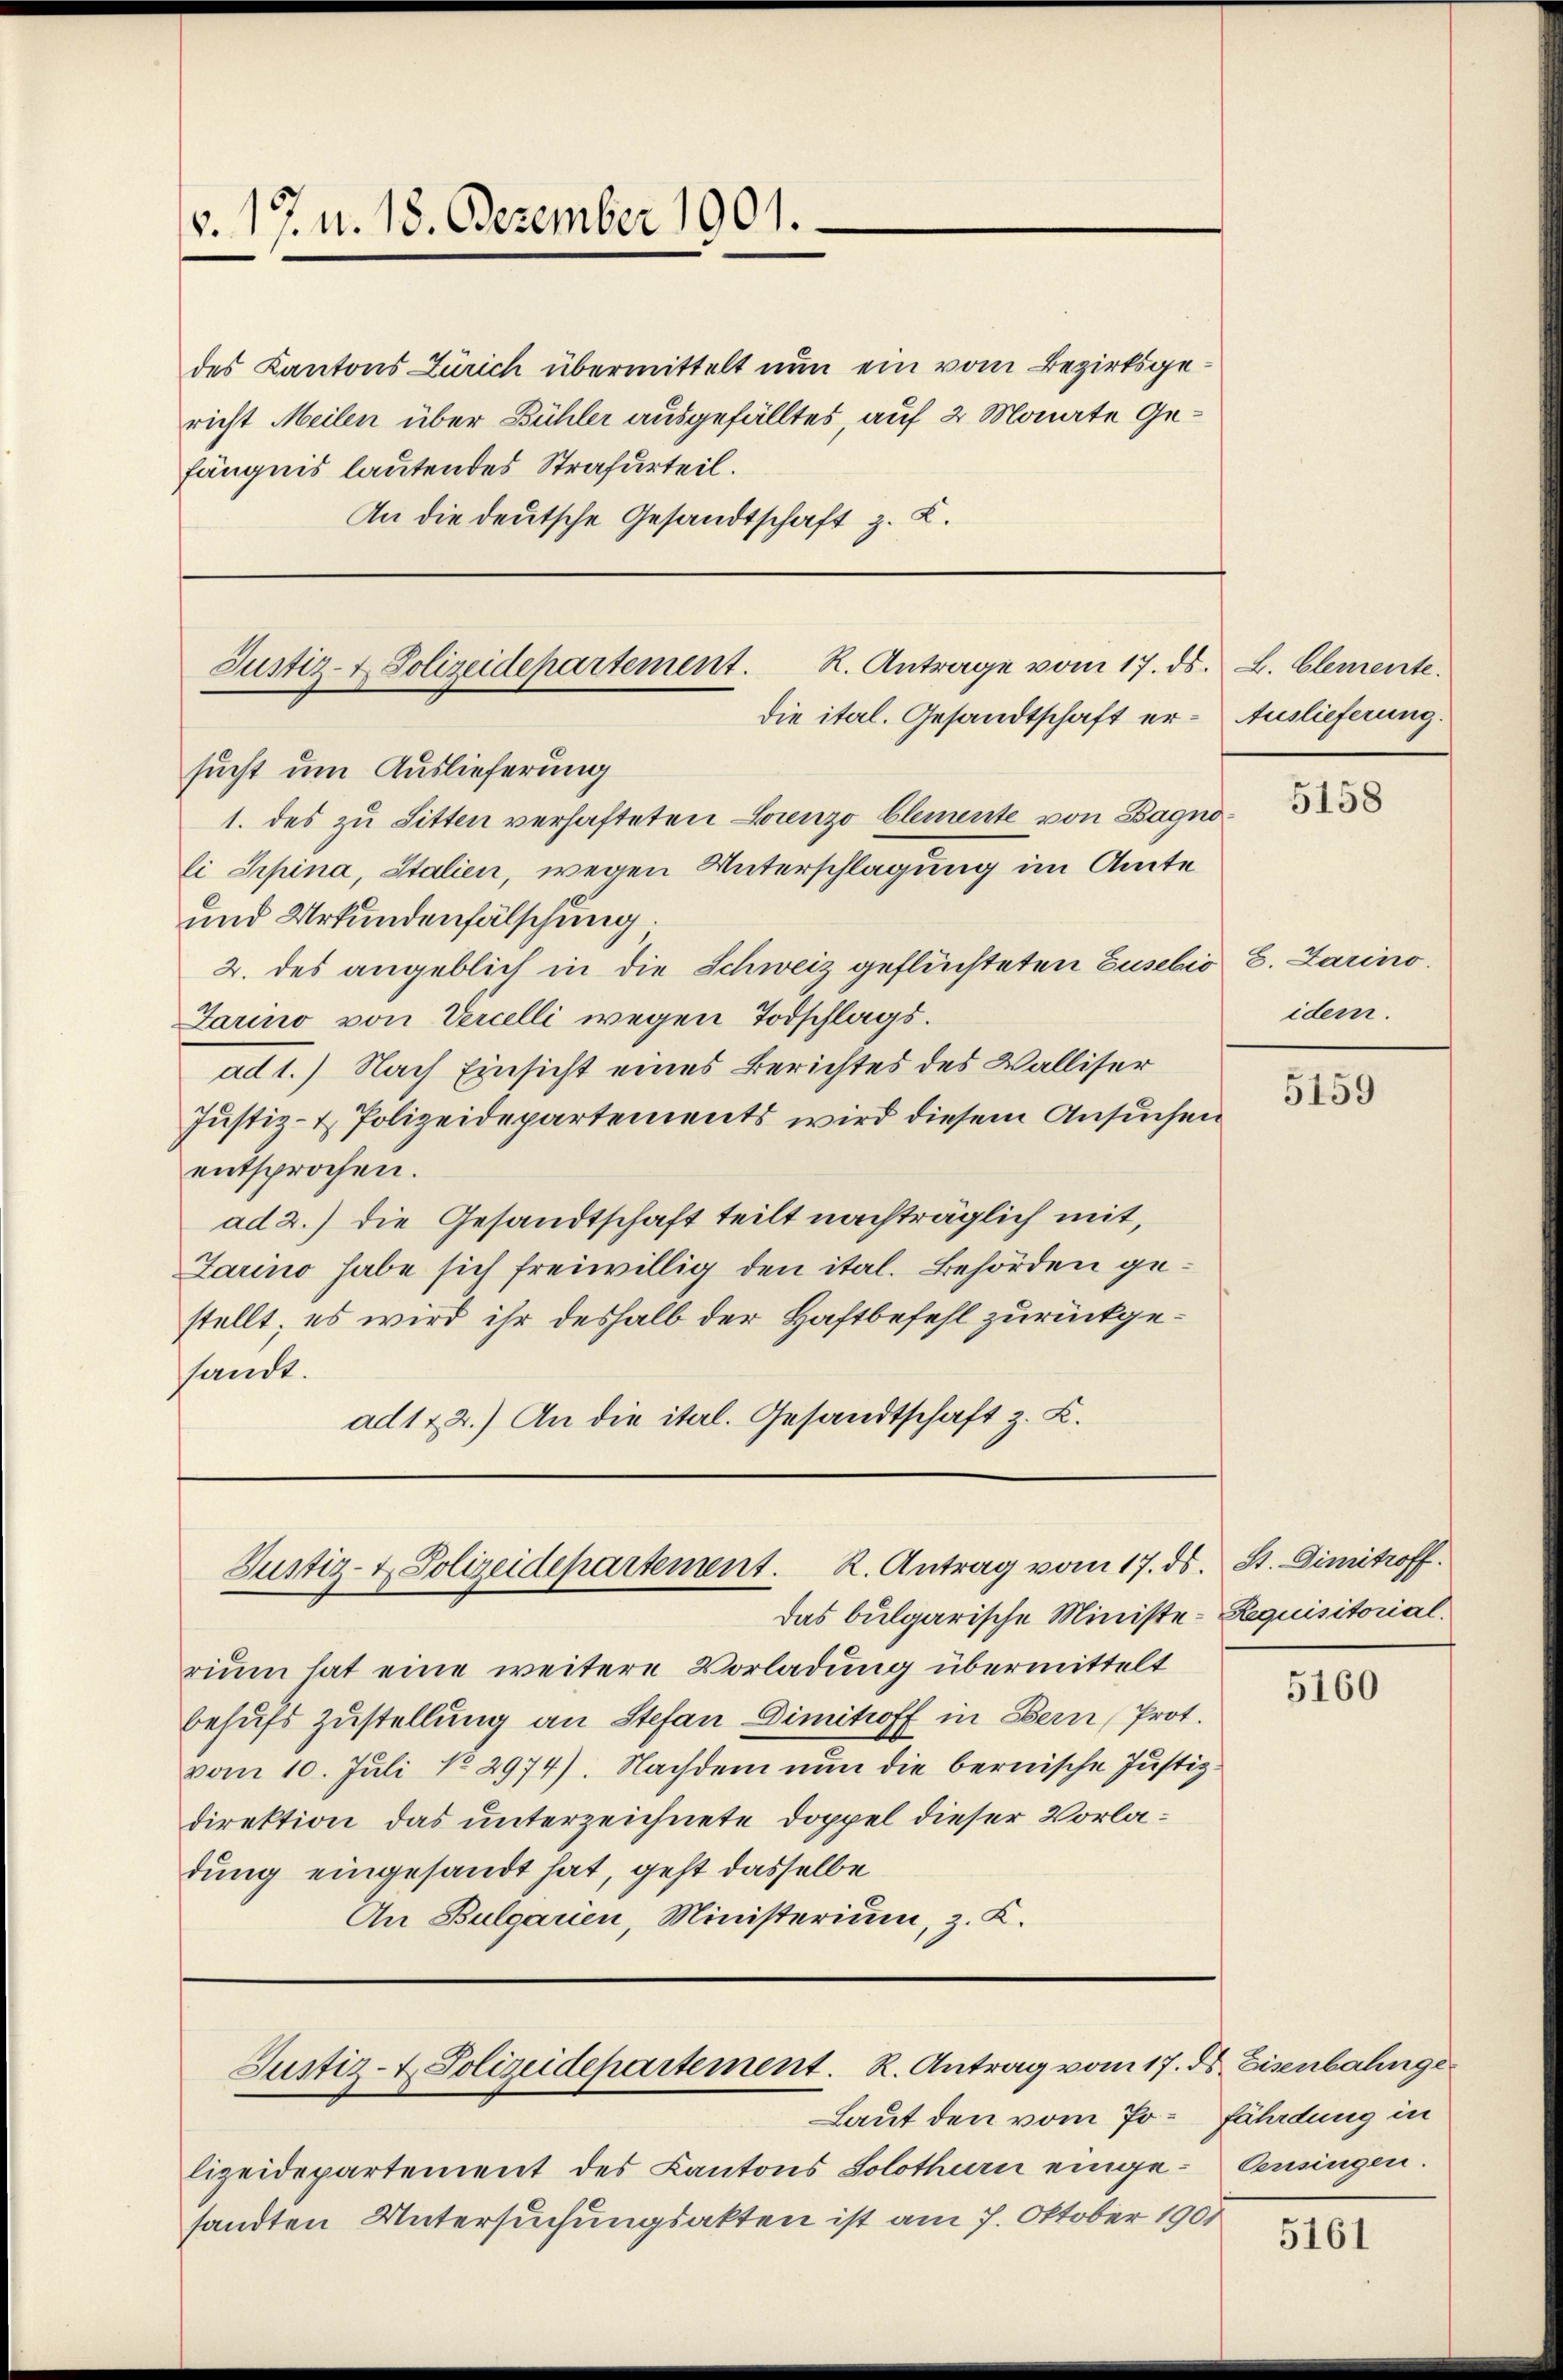
v. 17. v. 18. Dezember 1901.

des Kantons Zürich übermittelt nun ein vom Bezirksgericht Meilen über Bühler ausgefälltes, auf 2 Monate Gefängnis lautendes Strafurteil.
An die deutsche Gesandtschaft z. K.

R. Antrage vom 17. ds. L. Clemente.
Justiz- & Polizeidepartement.
die ital. Gesandtschaft er - Auslieferung.

Justiz- & Polizeidepartement. K. Antrag vom 17. ds. St. Dimitroff

Justiz- & Polizeidepartement. R. Antrag vom 17. ds. Eisenbahnge

sucht um Auslieferung
1. des zu Sitten verhafteten Lorenzo Clemente von Bagnoli Spina, Stalien, wegen Unterschlagung im Amte
und Urkundenfälschung.
2. des angeblich in die Schweiz geflüchteten Eusebio
Jarino von Vercelli wegen Todschlagsad 1.) Nach Einsicht eines Berichtes des Walliser
Justiz- & Polizeidepartements wird diesem Ansuchen
entsprochen.
ad 2.) die Gesandtschaft teilt nachträglich mit,
Jarino habe sich freiwillig den ital. Behörden gestellt; es wird ihr deshalb der Haftbefehl zurückgesandt.
ad 122.) An die ital. Gesandtschaft z. Z.

Das bulgarische Ministe- Requisitorial.
rium hat eine weitere Vorladung übermittelt
behufs Zustellung an Stefan Dimitroff in Bern Prot.
vom 10. Juli No 2974). Nachdem nun die bernische Justizdirektion das unterzeichnete Doppel dieser Vorladung eingesandt hat, geht dasselbe
An Bulgarien, Ministerium, z. K.

Laut den vom Polizeidepartement des Kantons Solothurn einge- Censingen.
sandten Untersuchungsakten ist am 7. Oktober 1901

5158

E. Darino.
idem.

5159

5160

fährdung in

5161